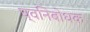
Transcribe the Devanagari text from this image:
घ्वनिबोधक